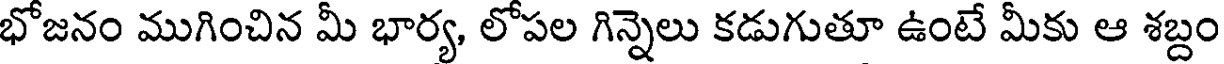
భోజనం ముగించిన మీ భార్య, లోపల గిన్నెలు కడుగుతూ ఉంటే మీకు ఆ శబ్దం